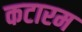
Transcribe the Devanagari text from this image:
कटारम